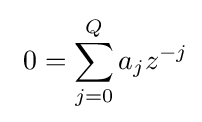
\ 0=\sum _{j=0}^{Q}a_{j}z^{-j}